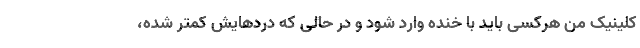
کلینیک من هرکسی باید با خنده وارد شود و در حالی که دردهایش کمتر شده،